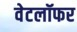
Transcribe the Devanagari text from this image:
वेटलॉफर